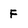
Character: F